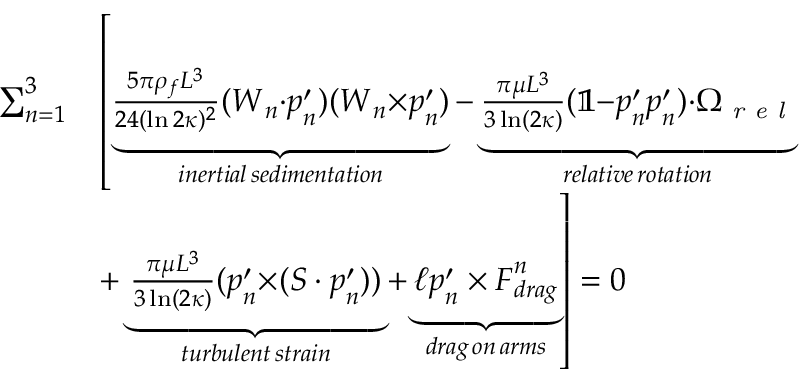
\begin{array} { r l } { \sum _ { n = 1 } ^ { 3 } } & { \left[ \underbrace { \frac { 5 \pi \rho _ { f } L ^ { 3 } } { 2 4 ( \ln 2 \kappa ) ^ { 2 } } ( \boldsymbol { W } _ { n } { \cdot } \boldsymbol { p } _ { n } ^ { \prime } ) ( \boldsymbol { W } _ { n } { \times } \boldsymbol { p } _ { n } ^ { \prime } ) } _ { i n e r t i a l \, s e d i m e n t a t i o n } - \underbrace { \frac { \pi \mu L ^ { 3 } } { 3 \ln ( 2 \kappa ) } ( \mathbb { 1 } { - } \boldsymbol { p } _ { n } ^ { \prime } \boldsymbol { p } _ { n } ^ { \prime } ) { \cdot } \boldsymbol { \Omega } _ { \textit { r e l } } } _ { r e l a t i v e \, r o t a t i o n } \right. } \\ & { + \left. \underbrace { \frac { \pi \mu L ^ { 3 } } { 3 \ln ( 2 \kappa ) } ( \boldsymbol { p } _ { n } ^ { \prime } { \times } ( \boldsymbol { S } \cdot \boldsymbol { p } _ { n } ^ { \prime } ) ) } _ { t u r b u l e n t \, s t r a i n } + \underbrace { \ell \boldsymbol { p } _ { n } ^ { \prime } \times \boldsymbol { F } _ { d r a g } ^ { n } } _ { d r a g \, o n \, a r m s } \right] = 0 } \end{array}